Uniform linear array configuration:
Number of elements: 16
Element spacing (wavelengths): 0.25
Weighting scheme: blackman
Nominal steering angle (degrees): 15
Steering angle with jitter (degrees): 13.583
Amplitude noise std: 0.05
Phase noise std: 0.05

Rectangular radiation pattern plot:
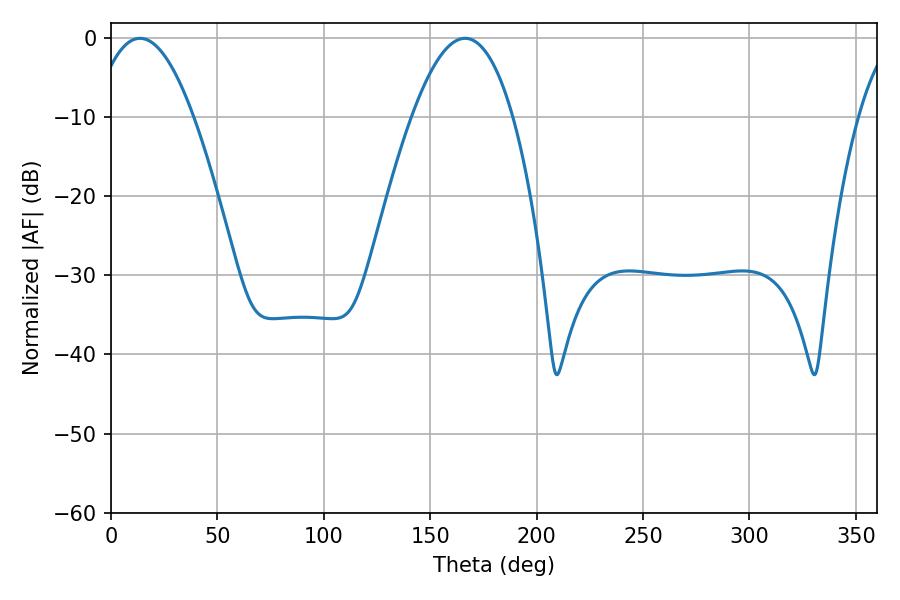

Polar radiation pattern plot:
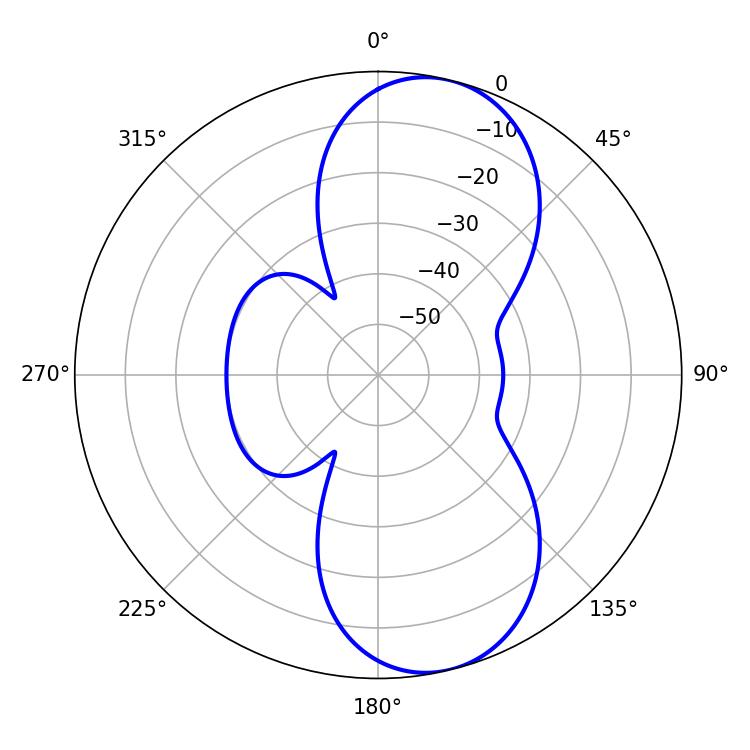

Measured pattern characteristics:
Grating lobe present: FALSE
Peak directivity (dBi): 9.225
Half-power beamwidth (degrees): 25.92
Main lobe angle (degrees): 13.68